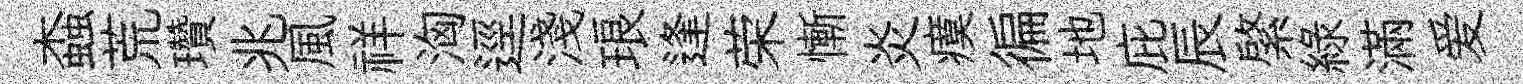
螙荒瓚兆風祥洶逕淺琅逢荣慚炎瘼徧地庇辰綮綠滿爱